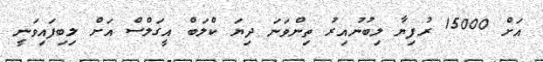
އަށް 15000 ރުފިޔާ ލިބުނުއިރު ތިންވަނަ ދިޔަ ކްލަބް އީގަލްސް އަށް ލިބިފައިވަނީ